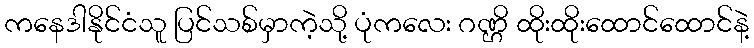
ကနေဒါနိုင်ငံသူ ပြင်သစ်မှာကဲ့သို့ ပုံကလေး ဂဏ္ဌိ ထိုးထိုးထောင်ထောင်နဲ့